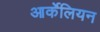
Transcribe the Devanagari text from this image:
आर्केलियन